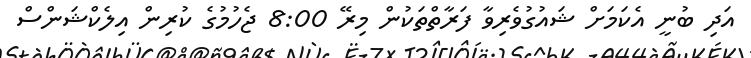
އަދި ބުނީ އެކަމަށް ޝައުގުވެރިވާ ފަރާތްތަކުން މިރޭ 8:00 ޖެހުމުގެ ކުރިން އިލެކްޝަންސް